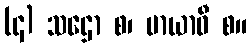
(၄) သဌော စ၊ မာယာဝီ စ။